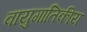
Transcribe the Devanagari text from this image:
वायुगातिकीय